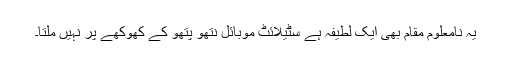
یہ نامعلوم مقام بھی ایک لطیفہ ہے سٹیلائٹ موبائل نتھو پتھو کے کھوکھے پر نہیں ملتا۔